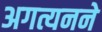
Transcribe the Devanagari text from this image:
अगत्यनने